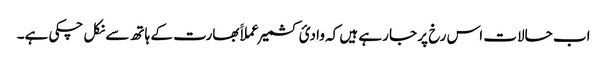
اب حالات اس رخ پر جا رہے ہیں کہ وادیٔ کشمیر عملاََ بھارت کے ہاتھ سے نکل چکی ہے۔